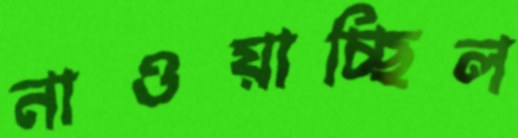
নাওয়াচ্ছিল